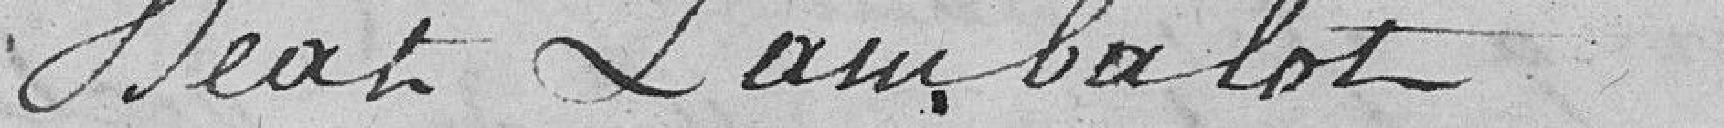
Beat Lambalot